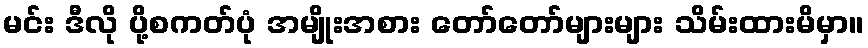
မင်း ဒီလို ပို့စကတ်ပုံ အမျိုးအစား တော်တော်များများ သိမ်းထားမိမှာ။